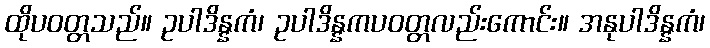
ထိုပဝတ္တသည်။ ဥပါဒိန္နကံ၊ ဥပါဒိန္နကပဝတ္တလည်းကောင်း။ အနုပါဒိန္နကံ၊